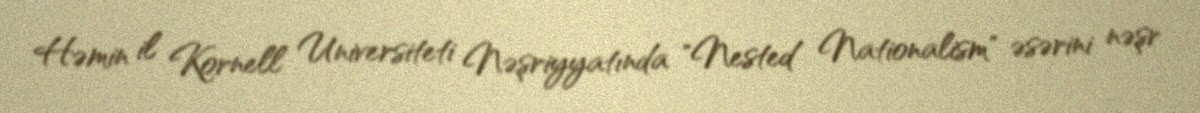
Həmin il Kornell Universiteti Nəşriyyatında "Nested Nationalism" əsərini nəşr